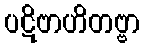
ပဋိဗာဟိတဗ္ဗာ